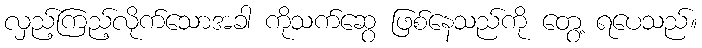
လှည့်ကြည့်လိုက်သောအခါ ကိုသက်ဆွေ ဖြစ်နေသည်ကို တွေ့ ရပေသည်။